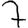
Digit: 7